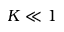
K \ll 1